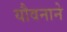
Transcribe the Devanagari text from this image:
यौवनाने